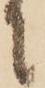
に